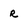
Character: r